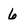
Character: 6